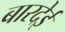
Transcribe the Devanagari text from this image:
बारदेई